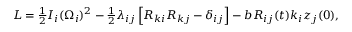
\begin{array} { r } { L = \frac 1 2 I _ { i } ( \Omega _ { i } ) ^ { 2 } - \frac 1 2 \lambda _ { i j } \left[ R _ { k i } R _ { k j } - \delta _ { i j } \right] - b R _ { i j } ( t ) k _ { i } z _ { j } ( 0 ) , } \end{array}